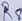
Text: R8